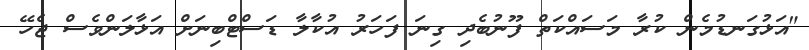
"އަޅުގަނޑުމެން ކުރާ މަސައްކަތް ފޫނުބެދި ގިނަ ފަހަރު އުކާލާ ޑަސްޓްބިނަށް އަޅާލަންވެސް ޖެހޭ